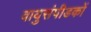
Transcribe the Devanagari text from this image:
वायुसंपीडकों